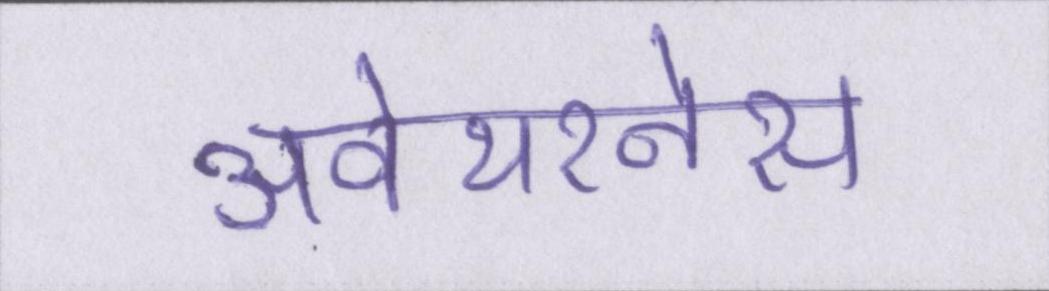
अवेयरनेस